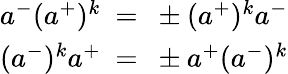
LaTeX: \begin{array}{c}{{a^{-}(a^{+})^{k}~=~\pm(a^{+})^{k}a^{-}}}\\ {{(a^{-})^{k}a^{+}~=~\pm a^{+}(a^{-})^{k}}}\end{array}